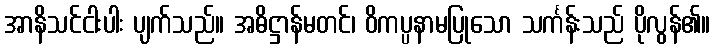
အာနိသင်ငါးပါး ပျက်သည်။ အဓိဋ္ဌာန်မတင်၊ ဝိကပ္ပနာမပြုသော သင်္ကန်းသည် ပိုလွန်၏။